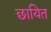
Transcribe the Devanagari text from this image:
छायित